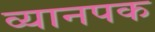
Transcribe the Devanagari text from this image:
व्यानपक